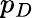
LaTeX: p_{D}